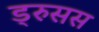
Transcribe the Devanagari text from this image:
ड्रुसस